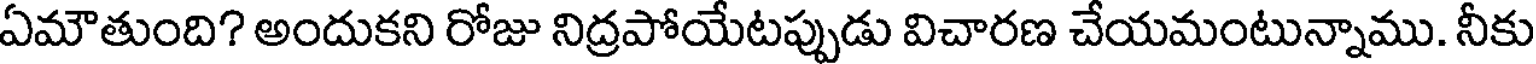
ఏమౌతుంది? అందుకని రోజు నిద్రపోయేటప్పుడు విచారణ చేయమంటున్నాము. నీకు